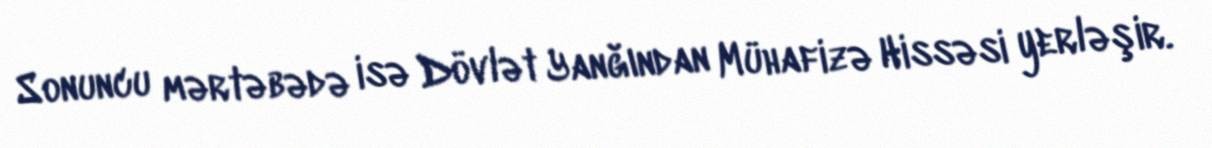
Sonuncu mərtəbədə isə Dövlət Yanğından Mühafizə Hissəsi yerləşir.